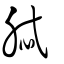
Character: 脦